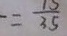
\frac { 3 } { 7 } = \frac { 1 3 } { 3 5 }